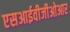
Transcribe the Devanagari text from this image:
एसआईवीजीओआर